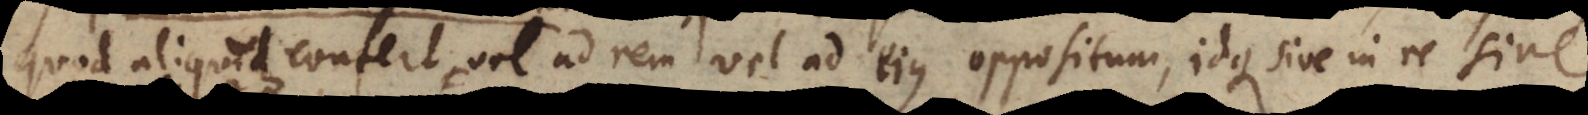
quod aliquid confert vel ad rem vel ad ejus oppositum, idque sive in re sive